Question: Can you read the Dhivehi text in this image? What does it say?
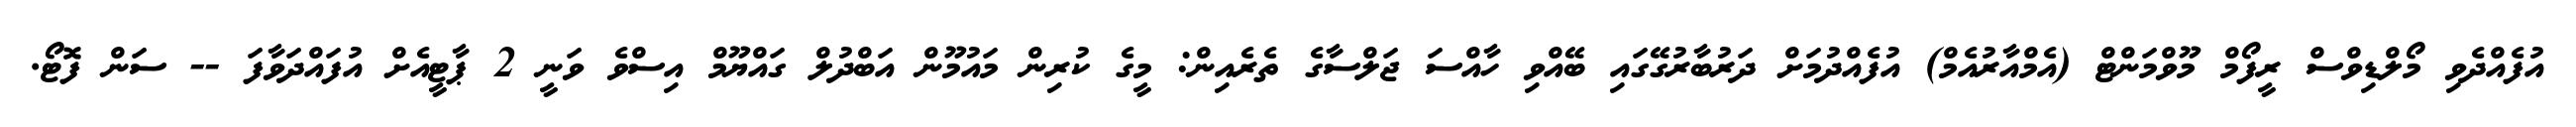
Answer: އުފެއްދެވި މޯލްޑިވްސް ރީފޯމް މޫވްމަންޓް (އެމްއާރުއެމް) އުފެއްދުމަށް ދަރުބާރުގޭގައި ބޭއްވި ހާއްސަ ޖަލްސާގެ ތެރެއިން: މީގެ ކުރިން މައުމޫން އަބްދުލް ގައްޔޫމް އިސްވެ ވަނީ 2 ޕާޓީއެށް އުފައްދަވާފަ -- ސަން ފޮޓޯ.